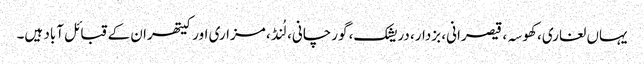
یہاں لغاری، کھوسہ، قیصرانی، بزدار، دریشک، گورچانی، لُنڈ، مزاری اور کیتھران کے قبائل آباد ہیں۔